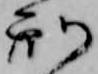
刑